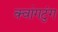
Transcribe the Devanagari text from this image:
क्वांगटुंग